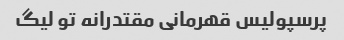
پرسپولیس قهرمانی مقتدرانه تو لیگ